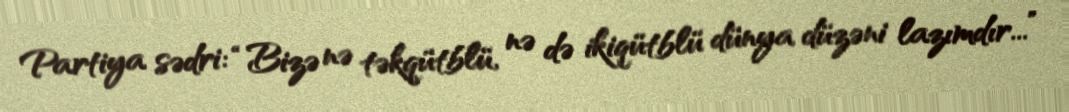
Partiya sədri: “Bizə nə təkqütblü, nə də ikiqütblü dünya düzəni lazımdır...”